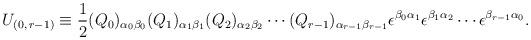
LaTeX: \begin{align*}U_{(0,\,r-1)}\equiv \frac{1}{2}(Q_{0})_{\alpha _{0}\beta _{0}}(Q_{1})_{\alpha _{1}\beta _{1}}(Q_{2})_{\alpha _{2}\beta _{2}}\cdots (Q_{r-1})_{\alpha _{r-1}\beta _{r-1}}\epsilon ^{\beta _{0}\alpha _{1}}\epsilon ^{\beta _{1}\alpha _{2}}\cdots\epsilon ^{\beta _{r-1}\alpha _{0}}. \end{align*}